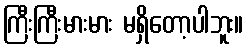
ကြီးကြီးမားမား မရှိတော့ပါဘူး။